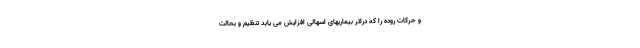
و حرکات روده را که دراثر بیماریهای اسهالی افزایش می یابد تنظیم و بحالت